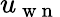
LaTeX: u_{\mathrm{~w~n~}}